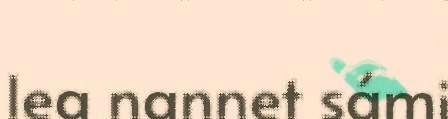
lea nannet sámi